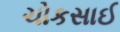
ચોકસાઈ